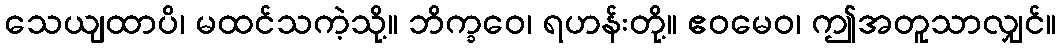
သေယျထာပိ၊ မထင်သကဲ့သို့။ ဘိက္ခဝေ၊ ရဟန်းတို့။ ဧဝမေဝ၊ ဤအတူသာလျှင်။